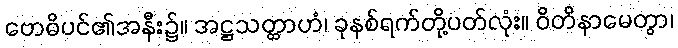
ဗောဓိပင်၏အနီး၌။ အဋ္ဌသတ္တာဟံ၊ ခုနစ်ရက်တို့ပတ်လုံး။ ဝိတိနာမေတွာ၊